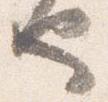
也